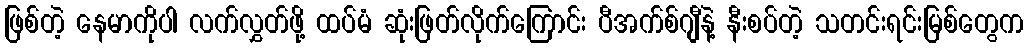
ဖြစ်တဲ့ နေမာကိုပါ လက်လွှတ်ဖို့ ထပ်မံ ဆုံးဖြတ်လိုက်ကြောင်း ပီအက်စ်ဂျီနဲ့ နီးစပ်တဲ့ သတင်းရင်းမြစ်တွေက